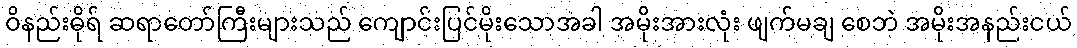
ဝိနည်းဓိုရ် ဆရာတော်ကြီးများသည် ကျောင်းပြင်မိုးသောအခါ အမိုးအားလုံး ဖျက်မချ စေဘဲ အမိုးအနည်းငယ်